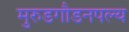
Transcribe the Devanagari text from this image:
मुरुडगौडनपल्य